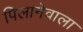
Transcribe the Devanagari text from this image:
पिलानेवाला